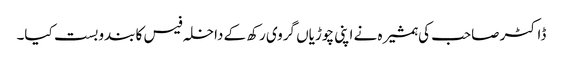
ڈاکٹر صاحب کی ہمشیرہ نے اپنی چوڑیاں گروی رکھ کے داخلہ فیس کا بندوبست کیا۔